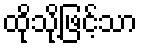
ထိုသို့ဖြင့်သာ